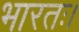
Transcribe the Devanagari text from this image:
भारतः।